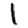
Digit: 1